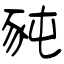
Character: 豘